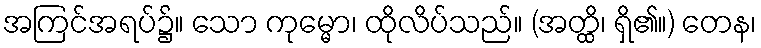
အကြင်အရပ်၌။ သော ကုမ္မော၊ ထိုလိပ်သည်။ (အတ္ထိ၊ ရှိ၏။) တေန၊